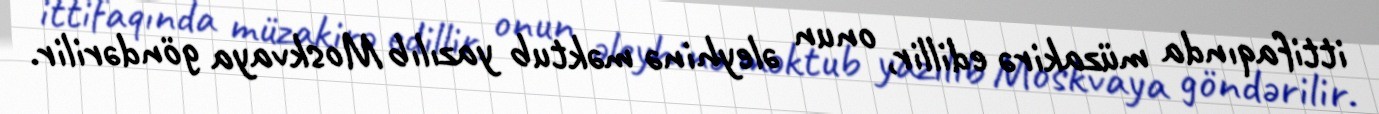
ittifaqında müzakirə edillir, onun əleyhinə məktub yazılıb Moskvaya göndərilir.